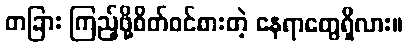
တခြား ကြည့်ဖို့စိတ်ဝင်စားတဲ့ နေရာတွေရှိလား။